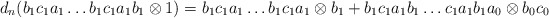
\begin{align*}d_n(b_1c_1a_1 \dots b_1c_1a_1b_1 \otimes 1) = b_1c_1a_1 \dots b_1c_1a_1 \otimes b_1 + b_1c_1a_1b_1 \dots c_1a_1b_1a_0 \otimes b_0c_0\end{align*}